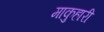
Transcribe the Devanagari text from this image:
माकुहारी